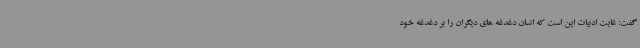
گفت: غایت ادبیات این است که انسان دغدغه های دیگران را بر دغدغه خود